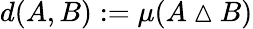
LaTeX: d(A,B):=\mu(A\vartriangle B)